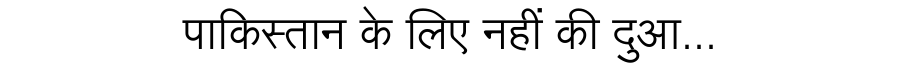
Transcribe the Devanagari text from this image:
पाकिस्तान के लिए नहीं की दुआ...